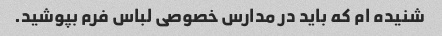
شنیده ام که باید در مدارس خصوصی لباس فرم بپوشید.